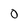
Character: O